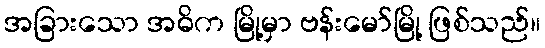
အခြားသော အဓိက မြို့မှာ ဗန်းမော်မြို့ ဖြစ်သည်။